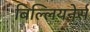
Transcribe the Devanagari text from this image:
बिल्लियनेर्स